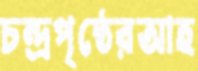
চন্দ্রপৃষ্ঠেরআহ